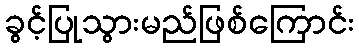
ခွင့်ပြုသွားမည်ဖြစ်ကြောင်း